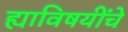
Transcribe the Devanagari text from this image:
ह्याविषयींचे